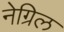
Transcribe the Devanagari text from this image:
नेग्रिल